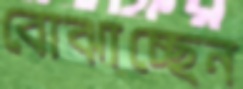
বোঝাচ্ছেন